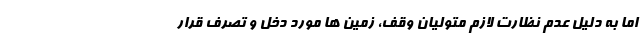
اما به دلیل عدم نظارت لازم متولیان وقف، زمین ها مورد دخل و تصرف قرار